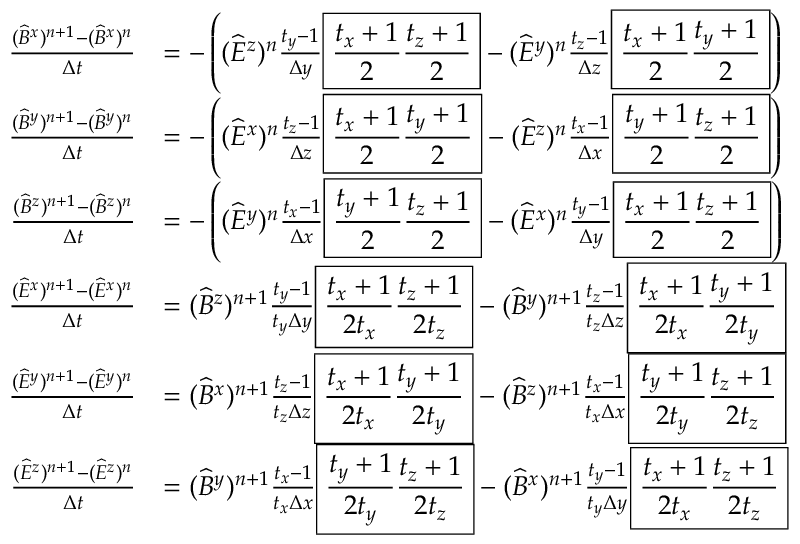
\begin{array} { r l } { \frac { ( \widehat B ^ { x } ) ^ { n + 1 } - ( \widehat B ^ { x } ) ^ { n } } { \Delta t } } & { = - \left( ( \widehat E ^ { z } ) ^ { n } \frac { t _ { y } - 1 } { \Delta y } \boxed { \frac { t _ { x } + 1 } { 2 } \frac { t _ { z } + 1 } { 2 } } - ( \widehat E ^ { y } ) ^ { n } \frac { t _ { z } - 1 } { \Delta z } \boxed { \frac { t _ { x } + 1 } { 2 } \frac { t _ { y } + 1 } { 2 } } \right) } \\ { \frac { ( \widehat B ^ { y } ) ^ { n + 1 } - ( \widehat B ^ { y } ) ^ { n } } { \Delta t } } & { = - \left( ( \widehat E ^ { x } ) ^ { n } \frac { t _ { z } - 1 } { \Delta z } \boxed { \frac { t _ { x } + 1 } { 2 } \frac { t _ { y } + 1 } { 2 } } - ( \widehat E ^ { z } ) ^ { n } \frac { t _ { x } - 1 } { \Delta x } \boxed { \frac { t _ { y } + 1 } { 2 } \frac { t _ { z } + 1 } { 2 } } \right) } \\ { \frac { ( \widehat B ^ { z } ) ^ { n + 1 } - ( \widehat B ^ { z } ) ^ { n } } { \Delta t } } & { = - \left( ( \widehat E ^ { y } ) ^ { n } \frac { t _ { x } - 1 } { \Delta x } \boxed { \frac { t _ { y } + 1 } { 2 } \frac { t _ { z } + 1 } { 2 } } - ( \widehat E ^ { x } ) ^ { n } \frac { t _ { y } - 1 } { \Delta y } \boxed { \frac { t _ { x } + 1 } { 2 } \frac { t _ { z } + 1 } { 2 } } \right) } \\ { \frac { ( \widehat E ^ { x } ) ^ { n + 1 } - ( \widehat E ^ { x } ) ^ { n } } { \Delta t } } & { = ( \widehat B ^ { z } ) ^ { n + 1 } \frac { t _ { y } - 1 } { t _ { y } \Delta y } \boxed { \frac { t _ { x } + 1 } { 2 t _ { x } } \frac { t _ { z } + 1 } { 2 t _ { z } } } - ( \widehat B ^ { y } ) ^ { n + 1 } \frac { t _ { z } - 1 } { t _ { z } \Delta z } \boxed { \frac { t _ { x } + 1 } { 2 t _ { x } } \frac { t _ { y } + 1 } { 2 t _ { y } } } } \\ { \frac { ( \widehat E ^ { y } ) ^ { n + 1 } - ( \widehat E ^ { y } ) ^ { n } } { \Delta t } } & { = ( \widehat B ^ { x } ) ^ { n + 1 } \frac { t _ { z } - 1 } { t _ { z } \Delta z } \boxed { \frac { t _ { x } + 1 } { 2 t _ { x } } \frac { t _ { y } + 1 } { 2 t _ { y } } } - ( \widehat B ^ { z } ) ^ { n + 1 } \frac { t _ { x } - 1 } { t _ { x } \Delta x } \boxed { \frac { t _ { y } + 1 } { 2 t _ { y } } \frac { t _ { z } + 1 } { 2 t _ { z } } } } \\ { \frac { ( \widehat E ^ { z } ) ^ { n + 1 } - ( \widehat E ^ { z } ) ^ { n } } { \Delta t } } & { = ( \widehat B ^ { y } ) ^ { n + 1 } \frac { t _ { x } - 1 } { t _ { x } \Delta x } \boxed { \frac { t _ { y } + 1 } { 2 t _ { y } } \frac { t _ { z } + 1 } { 2 t _ { z } } } - ( \widehat B ^ { x } ) ^ { n + 1 } \frac { t _ { y } - 1 } { t _ { y } \Delta y } \boxed { \frac { t _ { x } + 1 } { 2 t _ { x } } \frac { t _ { z } + 1 } { 2 t _ { z } } } } \end{array}